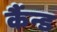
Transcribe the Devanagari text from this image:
कैंन्ड